Vaccination in Bombay 1924-1928 - 1924-1928
Year: 1924
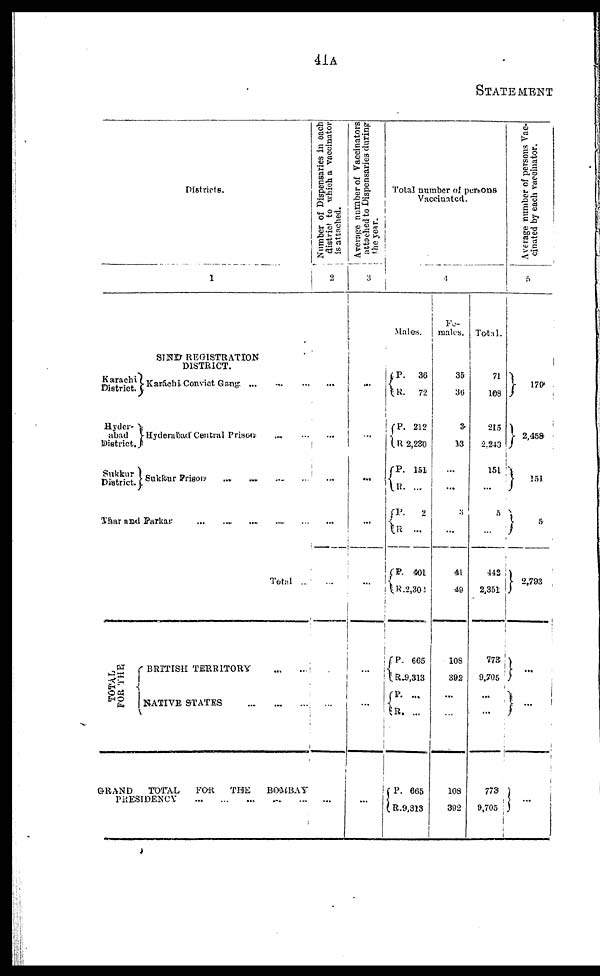
41A
STATEMENT
Districts.
1
SIND REGISTRATION
DISTRICT.
Karachi
District.
Hyder-
abad
District.
Sukkur
District.
Karáchi Convict Gang
...
...
...
Hyderabad Central Prison ... ...
Sukkur Prison ... ... ... ...
Thar and Parkar
...
...
...
...
...
Total ...
TOTAL
FOR THE
BRITISH TERRITORY
...
...
NATIVE STATES ... ... ...
GRAND
TOTAL
FOR
THE
BOMBAY
PRESIDENCY
...
...
...
...
...
Number of Dispensaries in each
district to which a vaccinator
is attached.
2
...
...
...
...
...
...
...
...
Average number of Vaccinators
attached to Dispensaries during
the year.
3
...
...
...
...
...
...
...
...
Total number of persons
Vaccinated.
4
Males.
P.
R.
P.
R.
P.
R.
P.
R.
P.
R.
P.
R.
P.
R.
P.
R.
36
72
212
2,230
151
...
2
...
401
2,302
665
9,313
...
. . .
665
9,813
Fe¬
males.
35
36
3
13
...
...
3
...
41
49
108
392
...
...
108
392
Total.
71
108
215
2,243
151
...
5
...
442
2,351
773
9,705
...
...
773
9,705
Average number of persons Vac-
cinated by each vaccinator.
5
179
2,458
151
5
2,793
...
...
...